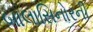
બાલાસિનોરની